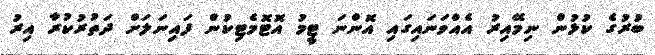
ބުރުގެ ކުޅުން ނިމޭއިރު އެއްވަނައިގައި އޮންނަ ޓީމު އޮޓޮމެޓިކުން ފައިނަލަށް ދަތުރުކުރާ އިރު